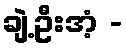
ချဲ့ဦးအံ့ -